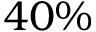
4 0 \%